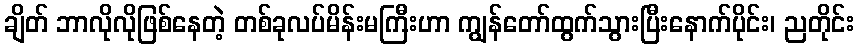
ချိတ် ဘာလိုလိုဖြစ်နေတဲ့ တစ်ခုလပ်မိန်းမကြီးဟာ ကျွန်တော်ထွက်သွားပြီးနောက်ပိုင်း၊ ညတိုင်း